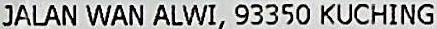
JALAN WAN ALWI,93350 KUCHING